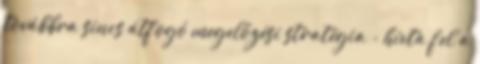
továbbra sincs átfogó megelőzési stratégia - hívta fel a